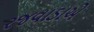
રજવાડાએ